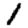
Digit: 1